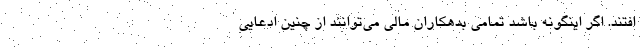
‌افتند. اگر اینگونه باشد تمامی بدهکاران مالی می‌توانند از چنین ادعایی